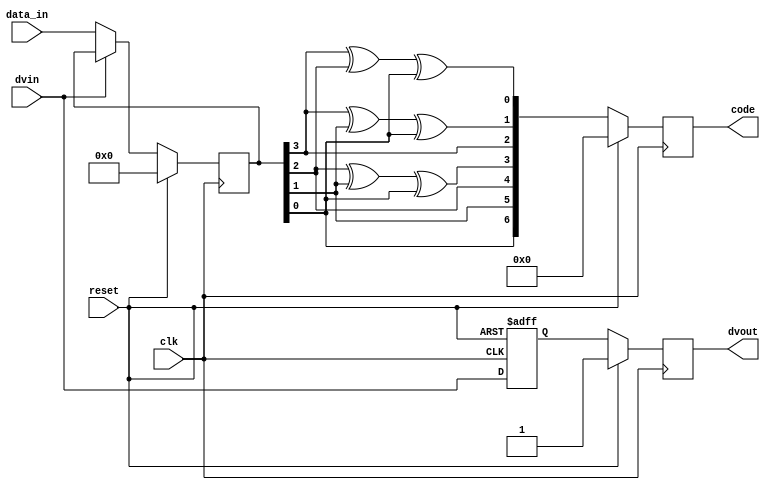
/////////////////////////////////////////////////////////////////////
////                                                             ////
////  Hamming (7,4) Encoder                                      ////
////                                                             ////
////                                                             ////
////          soneryesil@opencores.org                           ////
////                                                             ////
////                                                             ////
////  D/L from: http://www.opencores.org/cores/ham_7_4_enc/      ////
////                                                             ////
/////////////////////////////////////////////////////////////////////
////                                                             ////
//// Copyright (C) 2004      Soner Yesil                         ////
////                         soneryesil@opencores.org            ////
////                                                             ////
//// This source file may be used and distributed without        ////
//// restriction provided that this copyright statement is not   ////
//// removed from the file and that any derivative work contains ////
//// the original copyright notice and the associated disclaimer.////
////                                                             ////
////     THIS SOFTWARE IS PROVIDED ``AS IS'' AND WITHOUT ANY     ////
//// EXPRESS OR IMPLIED WARRANTIES, INCLUDING, BUT NOT LIMITED   ////
//// TO, THE IMPLIED WARRANTIES OF MERCHANTABILITY AND FITNESS   ////
//// FOR A PARTICULAR PURPOSE. IN NO EVENT SHALL THE AUTHOR      ////
//// OR CONTRIBUTORS BE LIABLE FOR ANY DIRECT, INDIRECT,         ////
//// INCIDENTAL, SPECIAL, EXEMPLARY, OR CONSEQUENTIAL DAMAGES    ////
//// (INCLUDING, BUT NOT LIMITED TO, PROCUREMENT OF SUBSTITUTE   ////
//// GOODS OR SERVICES; LOSS OF USE, DATA, OR PROFITS; OR        ////
//// BUSINESS INTERRUPTION) HOWEVER CAUSED AND ON ANY THEORY OF  ////
//// LIABILITY, WHETHER IN  CONTRACT, STRICT LIABILITY, OR TORT  ////
//// (INCLUDING NEGLIGENCE OR OTHERWISE) ARISING IN ANY WAY OUT  ////
//// OF THE USE OF THIS SOFTWARE, EVEN IF ADVISED OF THE         ////
//// POSSIBILITY OF SUCH DAMAGE.                                 ////
////                                                             ////
/////////////////////////////////////////////////////////////////////

/*

Description
===========

1.Hamming (7,4) Encoder:
----------------------
This core encodes every 4-bit message into
7-bit codewords in such a way that the decoder
can correct any single-bit error.

The encoding is performed by matrix multiplication 
of the 4-bit message vector with the generator matrix, G.

C=M*G,

where 
*M is the 4-bit message M=[m1 m2 m3 m4]
*G is the generator matrix
	
		1110000
	G =   1001100
		0101010
		1101001
*and C is the corresponding codeword C=[c1 c2 c3 c4 c5 c6];


2.Functionality:
----------------

CLK : posedge clock.
RESET: active low asynchronous reset.
DATA_IN[3:0]: Message input, valid when DVIN is LOW.
DVIN: when LOW, data seen at the DATA_IN input is registered at rising edge of the CLK.
CODE[6:0]: corresponding codeword. It is valid when DVOUT is LOW.
DVOUT: when LOW, data at the output CODE is valid codeword.

 
*/
///////////////////////////////////

module ham_7_4_enc (
clk,
reset,
data_in,
dvin,
code,
dvout);

input clk, reset;
input [3:0] data_in;
input dvin;

output [6:0] code;
output dvout;
reg [6:0] code;
reg dvout;

reg [3:0] datareg;
reg dvinreg;

////////////////////////////////////////////
////// matrix multiplication ///////////////
////////////////////////////////////////////

wire c0 = datareg[3]^datareg[2]^datareg[0];
wire c1 = datareg[3]^datareg[1]^datareg[0];
wire c2 = datareg[3];
wire c3 = datareg[2]^datareg[1]^datareg[0];
wire c4 = datareg[2];
wire c5 = datareg[1];
wire c6 = datareg[0];

////////////////////////////////////////////
///////////// Getting inputs ///////////////
////////////////////////////////////////////

always@(posedge clk or negedge reset) 
if (!reset)
	dvinreg<=1;
else
	dvinreg<=dvin;

always@(posedge clk)
if (reset)
	datareg<=0;
else if (!dvin)
	datareg<=data_in;



////////////////////////////////////////////
// Codeword is generated 1-clock cycle /////
// after the inputs are registered.    /////
////////////////////////////////////////////

always@(posedge clk)
if (reset)
	dvout<=1;
else
	dvout<=dvinreg;

always@(posedge clk)
if (reset)
	code<=0;
else
	code<={c6, c5, c4, c3, c2, c1, c0};


endmodule

////////////////////////////////////////////